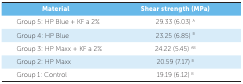
| Material | Shear strength (MPa) |
 | --- | --- |
 | Group 5: HP Blue + KF a 2% | 29.33 (6.03) A |
 | Group 4: HP Blue | 23.25 (6.85) B |
 | Group 3: HP Maxx + KF a 2% | 24.22 (5.45) AB |
 | Group 2: HP Maxx | 20.59 (7.17) B |
 | Group 1: Control | 19.19 (6.12) B |